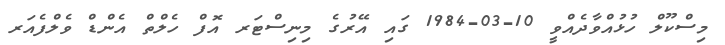
މިސްކޫލް ހުޅުއްވާދެއްވީ 10-03-1984 ގައި އޭރުގެ މިނިސްޓަރ އޮފް ހެލްތް އެންޑް ވެލްފެއަރ